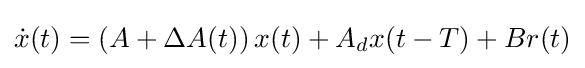
{\dot {x}}(t)=\left(A+\Delta A(t)\right)x(t)+A_{d}x(t-T)+Br(t)